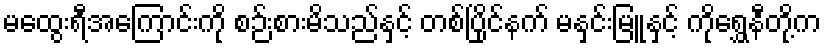
မထွေးရီအကြောင်းကို စဉ်းစားမိသည်နှင့် တစ်ပြိုင်နက် မနှင်းမြူနှင့် ကိုရွှေနီတို့က